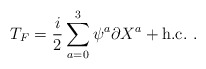
\begin{align*}T_F={i\over 2}\sum_{a=0}^{3} \psi^a \partial X^a +{\mbox {h.c.}}~.\end{align*}